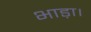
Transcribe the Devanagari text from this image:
भाड़ा।